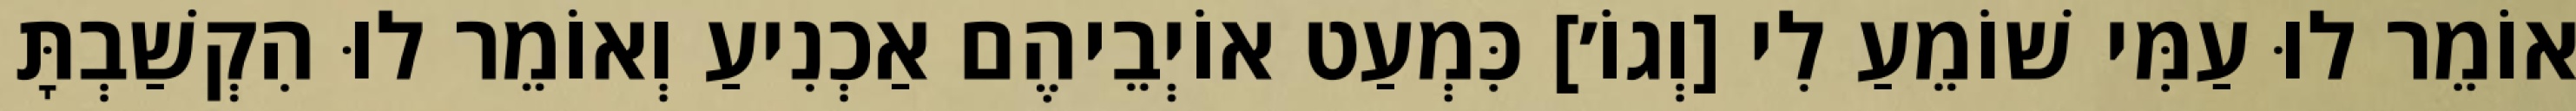
אוֹמֵר לוּ עַמִּי שׁוֹמֵעַ לִי [וְגוֹ׳] כִּמְעַט אוֹיְבֵיהֶם אַכְנִיעַ וְאוֹמֵר לוּ הִקְשַׁבְתָּ